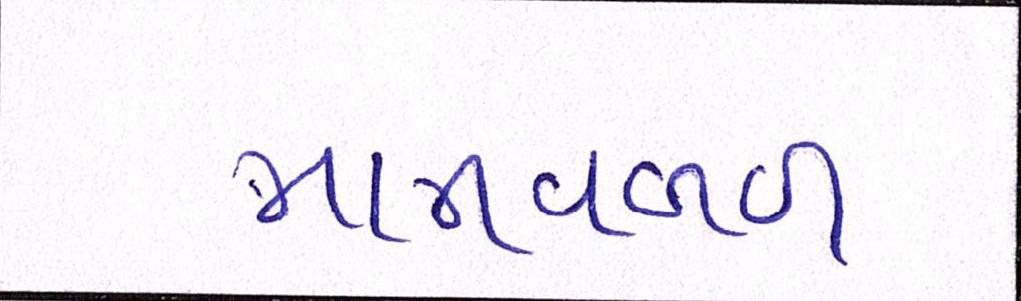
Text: માનવબળ